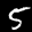
Label: 5